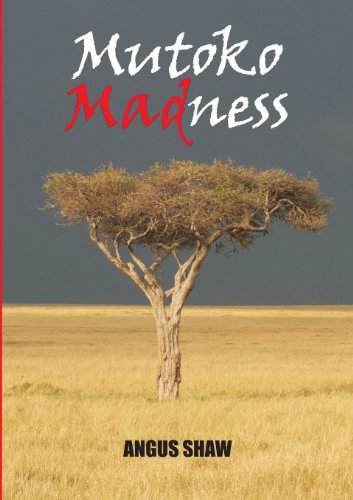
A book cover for Mutoko Madness; Angus Shaw; Travel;